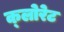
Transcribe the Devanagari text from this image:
क्‍लोरेट